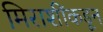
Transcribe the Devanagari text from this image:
मिराशींकडून